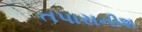
તપાસનીશ